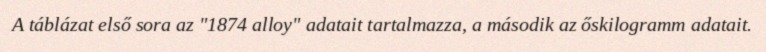
A táblázat első sora az "1874 alloy" adatait tartalmazza, a második az őskilogramm adatait.